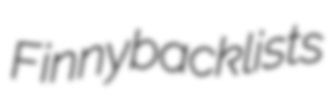
Finny backlists